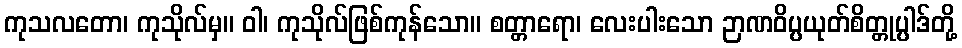
ကုသလတော၊ ကုသိုလ်မှ။ ဝါ၊ ကုသိုလ်ဖြစ်ကုန်သော။ စတ္တာရော၊ လေးပါးသော ဉာဏဝိပ္ပယုတ်စိတ္တုပ္ပါဒ်တို့